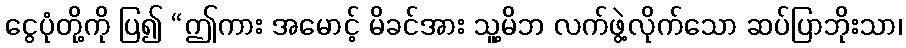
ငွေပုံတို့ကို ပြ၍ “ဤကား အမောင့် မိခင်အား သူ့မိဘ လက်ဖွဲ့လိုက်သော ဆပ်ပြာဘိုးသာ၊